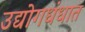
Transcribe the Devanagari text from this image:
उद्योगधंधात